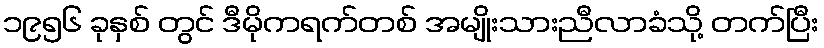
၁၉၅၆ ခုနှစ် တွင် ဒီမိုကရက်တစ် အမျိုးသားညီလာခံသို့ တက်ပြီး